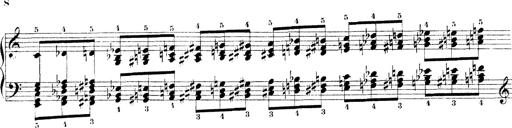
Title: Technische Studien
Composer: Franz Liszt